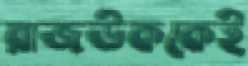
রাজউককেই